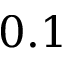
0 . 1